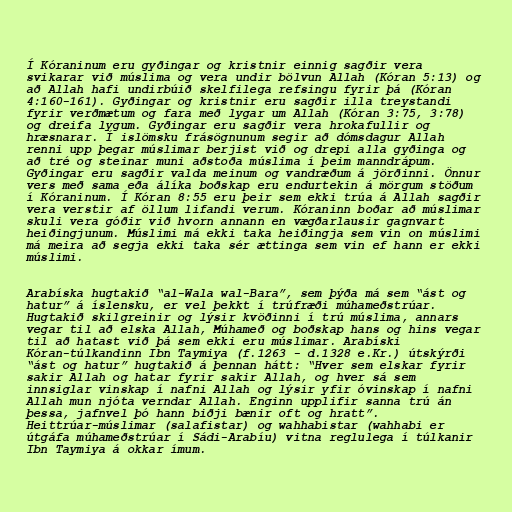
Í Kóraninum eru gyðingar og kristnir einnig sagðir vera
svikarar við múslima og vera undir bölvun Allah (Kóran 5:13) og
að Allah hafi undirbúið skelfilega refsingu fyrir þá (Kóran
4:160-161). Gyðingar og kristnir eru sagðir illa treystandi
fyrir verðmætum og fara með lygar um Allah (Kóran 3:75, 3:78)
og dreifa lygum. Gyðingar eru sagðir vera hrokafullir og
hræsnarar. Í islömsku frásögnunum segir að dómsdagur Allah
renni upp þegar múslimar berjist við og drepi alla gyðinga og
að tré og steinar muni aðstoða múslima í þeim manndrápum.
Gyðingar eru sagðir valda meinum og vandræðum á jörðinni. Önnur
vers með sama eða álíka boðskap eru endurtekin á mörgum stöðum
í Kóraninum. Í Kóran 8:55 eru þeir sem ekki trúa á Allah sagðir
vera verstir af öllum lifandi verum. Kóraninn boðar að múslimar
skuli vera góðir við hvorn annann en vægðarlausir gagnvart
heiðingjunum. Múslimi má ekki taka heiðingja sem vin on múslimi
má meira að segja ekki taka sér ættinga sem vin ef hann er ekki
múslimi.

Arabíska hugtakið “al-Wala wal-Bara”, sem þýða má sem “ást og
hatur” á íslensku, er vel þekkt í trúfræði múhameðstrúar.
Hugtakið skilgreinir og lýsir kvöðinni í trú múslima, annars
vegar til að elska Allah, Múhameð og boðskap hans og hins vegar
til að hatast við þá sem ekki eru múslimar. Arabíski
Kóran-túlkandinn Ibn Taymiya (f.1263 - d.1328 e.Kr.) útskýrði
“ást og hatur” hugtakið á þennan hátt: “Hver sem elskar fyrir
sakir Allah og hatar fyrir sakir Allah, og hver sá sem
innsiglar vinskap í nafni Allah og lýsir yfir óvinskap í nafni
Allah mun njóta verndar Allah. Enginn upplifir sanna trú án
þessa, jafnvel þó hann biðji bænir oft og hratt”.
Heittrúar-múslimar (salafistar) og wahhabistar (wahhabi er
útgáfa múhameðstrúar í Sádi-Arabíu) vitna reglulega í túlkanir
Ibn Taymiya á okkar ímum.